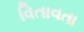
વિતાવતા